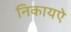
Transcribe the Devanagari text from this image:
निकायऐ